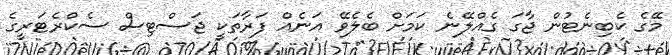
މޭގެ ކެބިނެޓުން ޖާގަ ގެއްލޭނެ ކަމަށް ބެލެވޭ އަނެއް ފަރާތަކީ ޖަސްޓިސް ސެކްރެޓަރީގެ